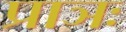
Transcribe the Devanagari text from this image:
प्राञः